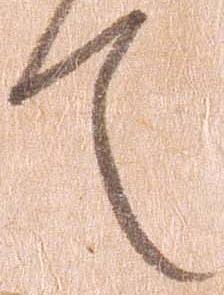
て